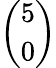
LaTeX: \binom{5}{0}